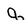
Character: q